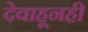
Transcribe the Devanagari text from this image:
देवाहूनही